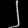
Digit: ၂